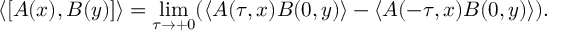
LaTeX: \left\langle \lbrack A ( x ) , B ( y ) ] \right\rangle = \operatorname * { l i m } _ { \tau \rightarrow + 0 } ( \left\langle A ( \tau , x ) B ( 0 , y ) \right\rangle - \left\langle A ( - \tau , x ) B ( 0 , y ) \right\rangle ) .